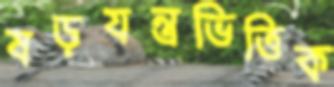
ষড়যন্ত্রভিত্তিক